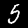
Digit: 5